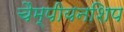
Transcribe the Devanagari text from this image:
चैम्पीयनशिप